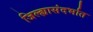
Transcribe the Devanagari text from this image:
जिल्ह्यासंदर्भात